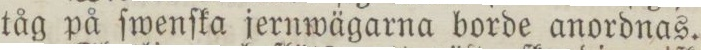
tåg på ſwenſka jernwägarna borde anordnas.